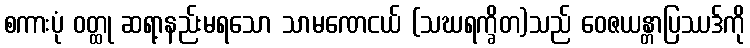
စကားပုံ ဝတ္ထု ဆရာ့နည်းမရသော သာမဏေငယ် (သဃရက္ခိတ)သည် ဝေဇယန္တာပြဿဒ်ကို